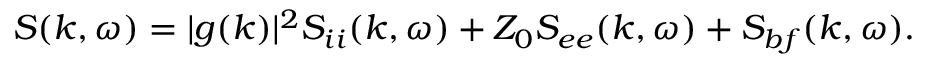
S ( k , \omega ) = | g ( k ) | ^ { 2 } S _ { i i } ( k , \omega ) + Z _ { 0 } S _ { e e } ( k , \omega ) + S _ { b f } ( k , \omega ) .